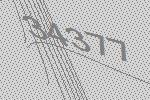
34377